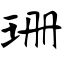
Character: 珊